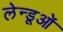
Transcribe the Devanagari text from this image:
लेन्डूओं